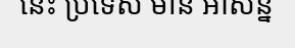
នេះ ប្រទេស មាន អាសន្ន